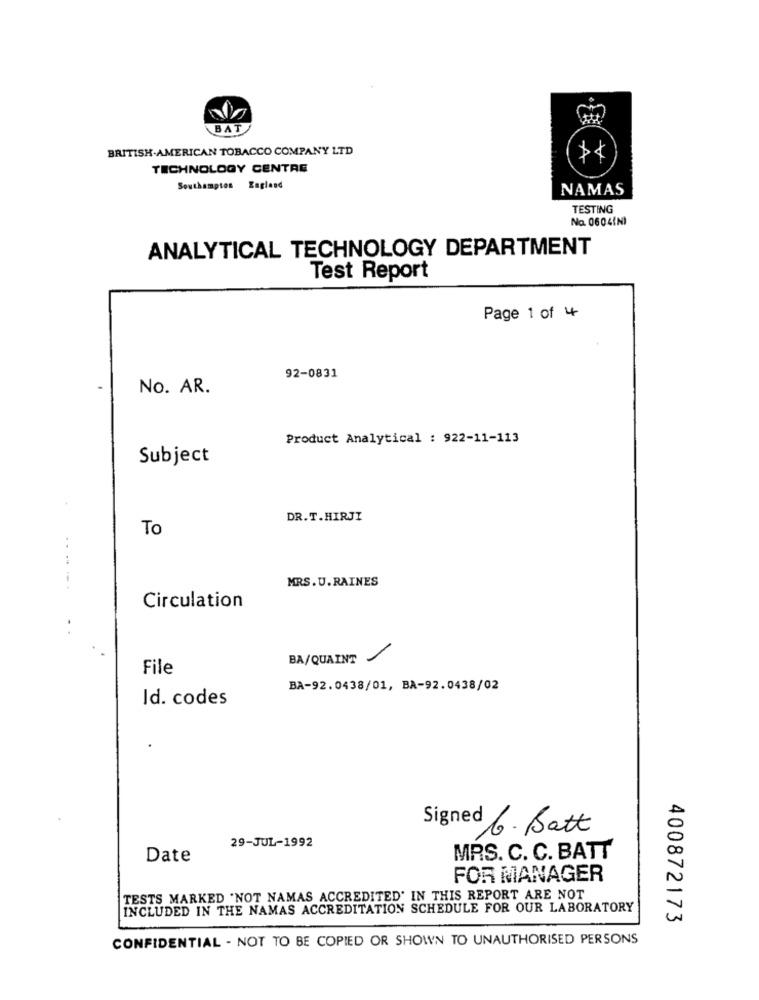
BAT
BRITISK-AMERICAN TOBACCO COMPANY LTD
TECHNOLOGY CENTRE
Southampton England
NAMAS
TESTING
Na. 06041NI
ANALYTICAL TECHNOLOGY DEPARTMENT
Test Report
Page 1 of 4
92-0831
No. AR.
Product Analytical : 922-11-113
Subject
DR.T.HIRJI
To
MRS.U. RAINES
Circulation
BA/QUAINT
File
BA-92.0438/01, BA-92.0438/02
Id. codes
Signed 6. Batt
29-JUL-1992
Date
MRS. C. C. BATT
FOR MANAGER
TESTS MARKED "NOT NAMAS ACCREDITED' IN THIS REPORT ARE NOT
INCLUDED IN THE NAMAS ACCREDITATION SCHEDULE FOR OUR LABORATORY
400872173
CONFIDENTIAL - NOT TO BE COPIED OR SHOWN TO UNAUTHORISED PERSONS